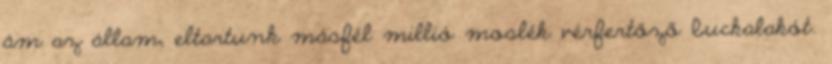
ám az állam, eltartunk másfél millió moslék vérfertőző buckalakót.